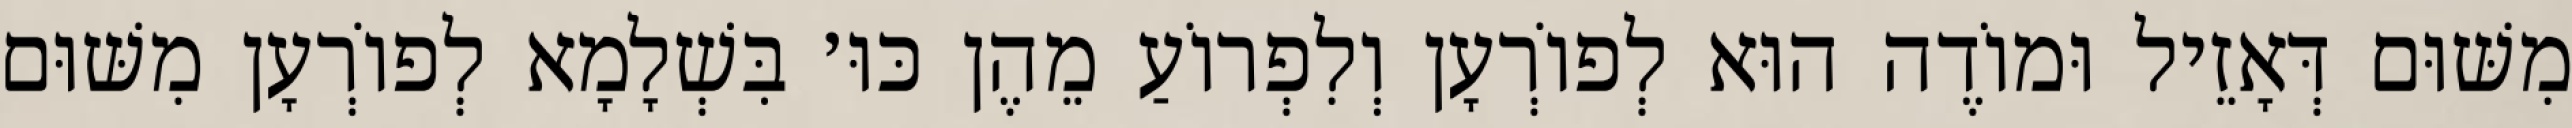
מִשּׁוּם דְּאָזֵיל וּמוֹדֶה הוּא לְפוֹרְעָן וְלִפְרוֹעַ מֵהֶן כּוּ׳ בִּשְׁלָמָא לְפוֹרְעָן מִשּׁוּם